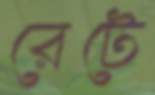
রেটে